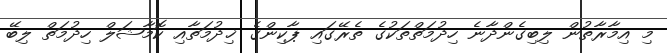
މި އިމާރާތުން ލިބިގެންދާނެ ހިދުމަތްތަކުގެ ތެރޭގައި ޕާކިންގެ ޚިދުމަތާއި ކޮމާޝަލް ހިދުމަތް ލިބޭ